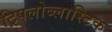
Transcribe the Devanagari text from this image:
ट्रिपलोब्लास्टिक